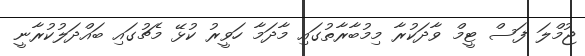
ޖުމްލަ ފަސް ޓީމް ވާދަކުރާ މިމުބާރާތުގައި މާދަމާ ހަވީރު ކުޅޭ މެޗުގައި ބައްދަލުކުރާނީ